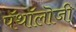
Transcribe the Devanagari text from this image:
पॅथॉलॊजी